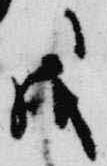
戊